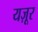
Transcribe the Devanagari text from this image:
यज़ूर